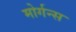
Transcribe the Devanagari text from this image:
मोर्गन्स